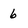
Character: 6